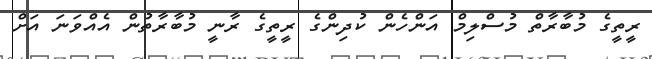
ރީތީގެ މުބާރާތް މުސްލިމް އަންހެން ކުދިންގެ ރީތީގެ ރާނީ މުބާރާތުން އެއްވަނަ އަށް